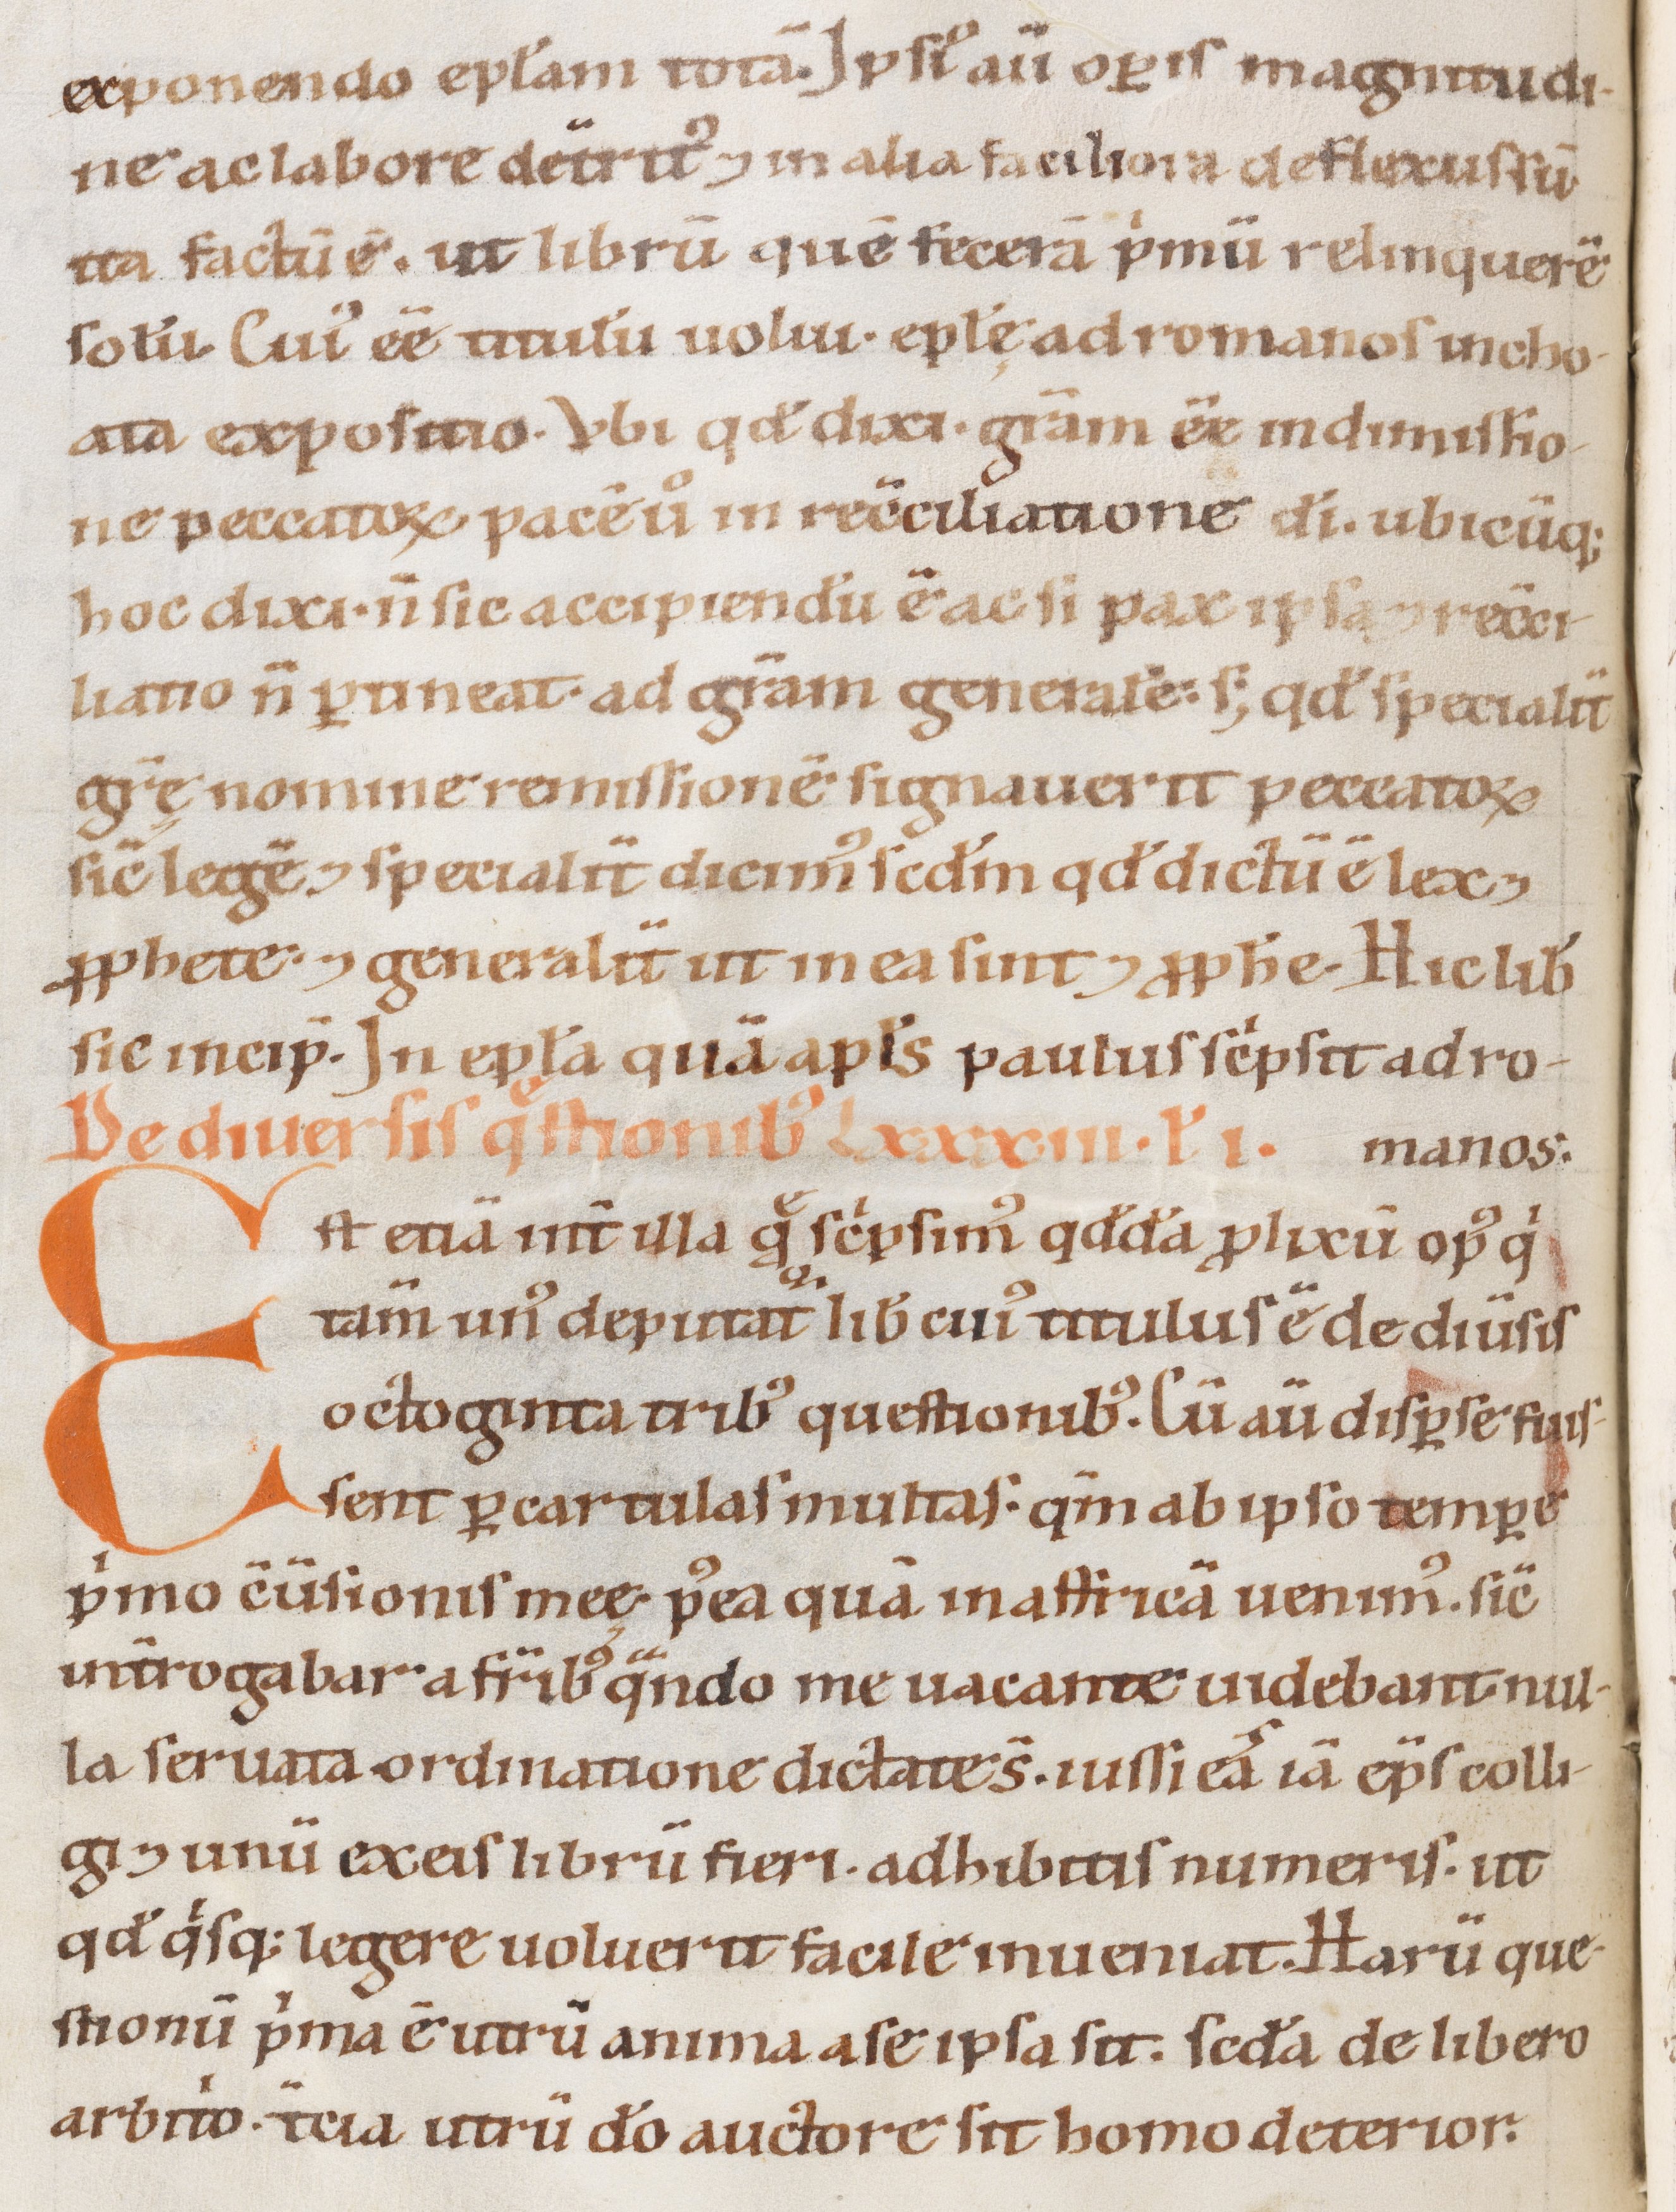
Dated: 1100–1199